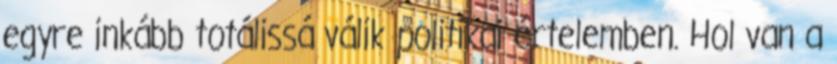
egyre inkább totálissá válik politikai értelemben. Hol van a